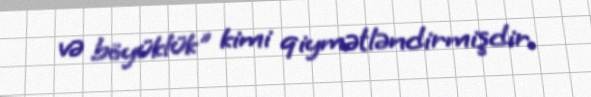
və böyüklük" kimi qiymətləndirmişdir.